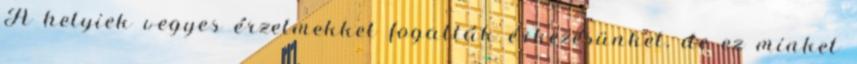
A helyiek vegyes érzelmekkel fogatták érkezésünket, de ez minket